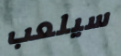
سيلعب